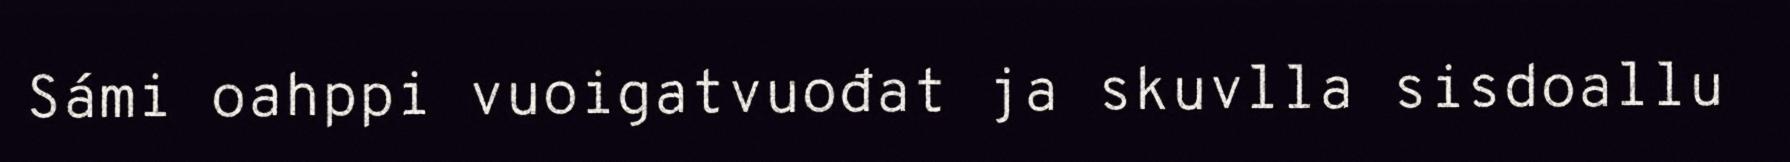
Sámi oahppi vuoigatvuođat ja skuvlla sisdoallu